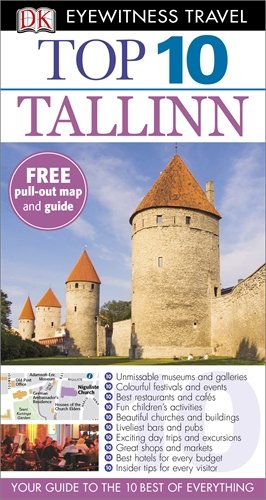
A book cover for DK Eyewitness Top 10 Travel Guide: Tallinn; Penguin Books Ltd; Travel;